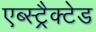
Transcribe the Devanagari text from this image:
एब्स्ट्रैक्टेड